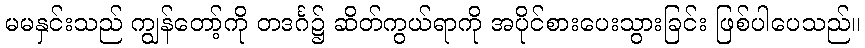
မမနှင်းသည် ကျွန်တော့်ကို တဒင်္ဂ၌ ဆိတ်ကွယ်ရာကို အပိုင်စားပေးသွားခြင်း ဖြစ်ပါပေသည်။